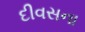
દીવસના